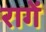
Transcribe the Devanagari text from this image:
रागें